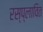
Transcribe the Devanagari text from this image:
रस्प्लावित